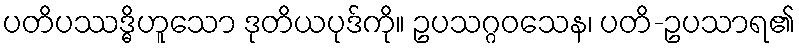
ပတိပဿဒ္ဓိဟူသော ဒုတိယပုဒ်ကို။ ဥပသဂ္ဂဝသေန၊ ပတိ-ဥပသာရ၏